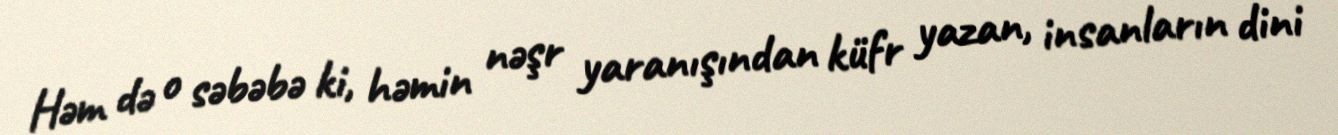
Həm də o səbəbə ki, həmin nəşr yaranışından küfr yazan, insanların dini